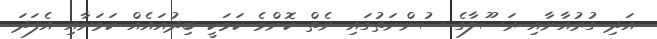
އަދި ގުރުއާނާއި ރަސޫލާގެ ސުންނަތުގައި ނެތް ކޮންމެ ކަމަކީ ބިދުއައެއް ކަމަށާއި އެފަދަ